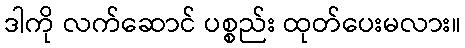
ဒါကို လက်ဆောင် ပစ္စည်း ထုတ်ပေးမလား။